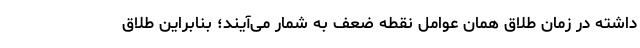
داشته در زمان طلاق همان عوامل نقطه ضعف به شمار می‌آیند؛ بنابراین طلاق